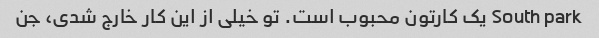
South park یک کارتون محبوب است. تو خیلی از این کار خارج شدی، جن